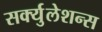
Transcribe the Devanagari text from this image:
सर्क्युलेशन्स